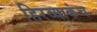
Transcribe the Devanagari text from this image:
हिरव्याकंच